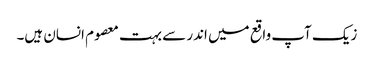
زیک آپ واقع میں اندر سے بہت معصوم انسان ہیں۔